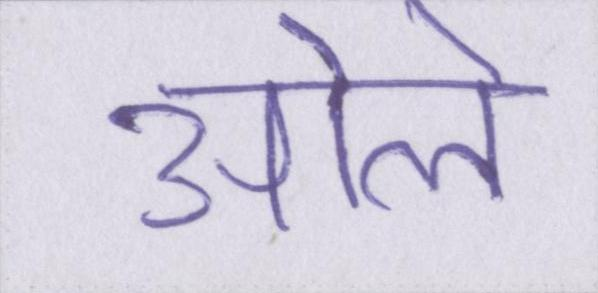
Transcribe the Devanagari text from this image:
ओले